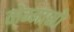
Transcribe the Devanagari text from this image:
तोम्मासो